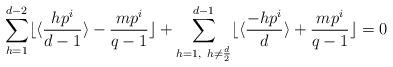
LaTeX: \begin{align*}\sum_{h=1}^{d-2}\lfloor\langle\frac{hp^i}{d-1}\rangle-\frac{mp^i}{q-1}\rfloor+\sum_{h=1,~h\neq \frac{d}{2}}^{d-1}\lfloor\langle \frac{-hp^i}{d}\rangle+\frac{mp^i}{q-1}\rfloor=0\end{align*}